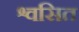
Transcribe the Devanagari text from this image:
श्वसित